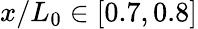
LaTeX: x/L_{0}\in[0.7,0.8]